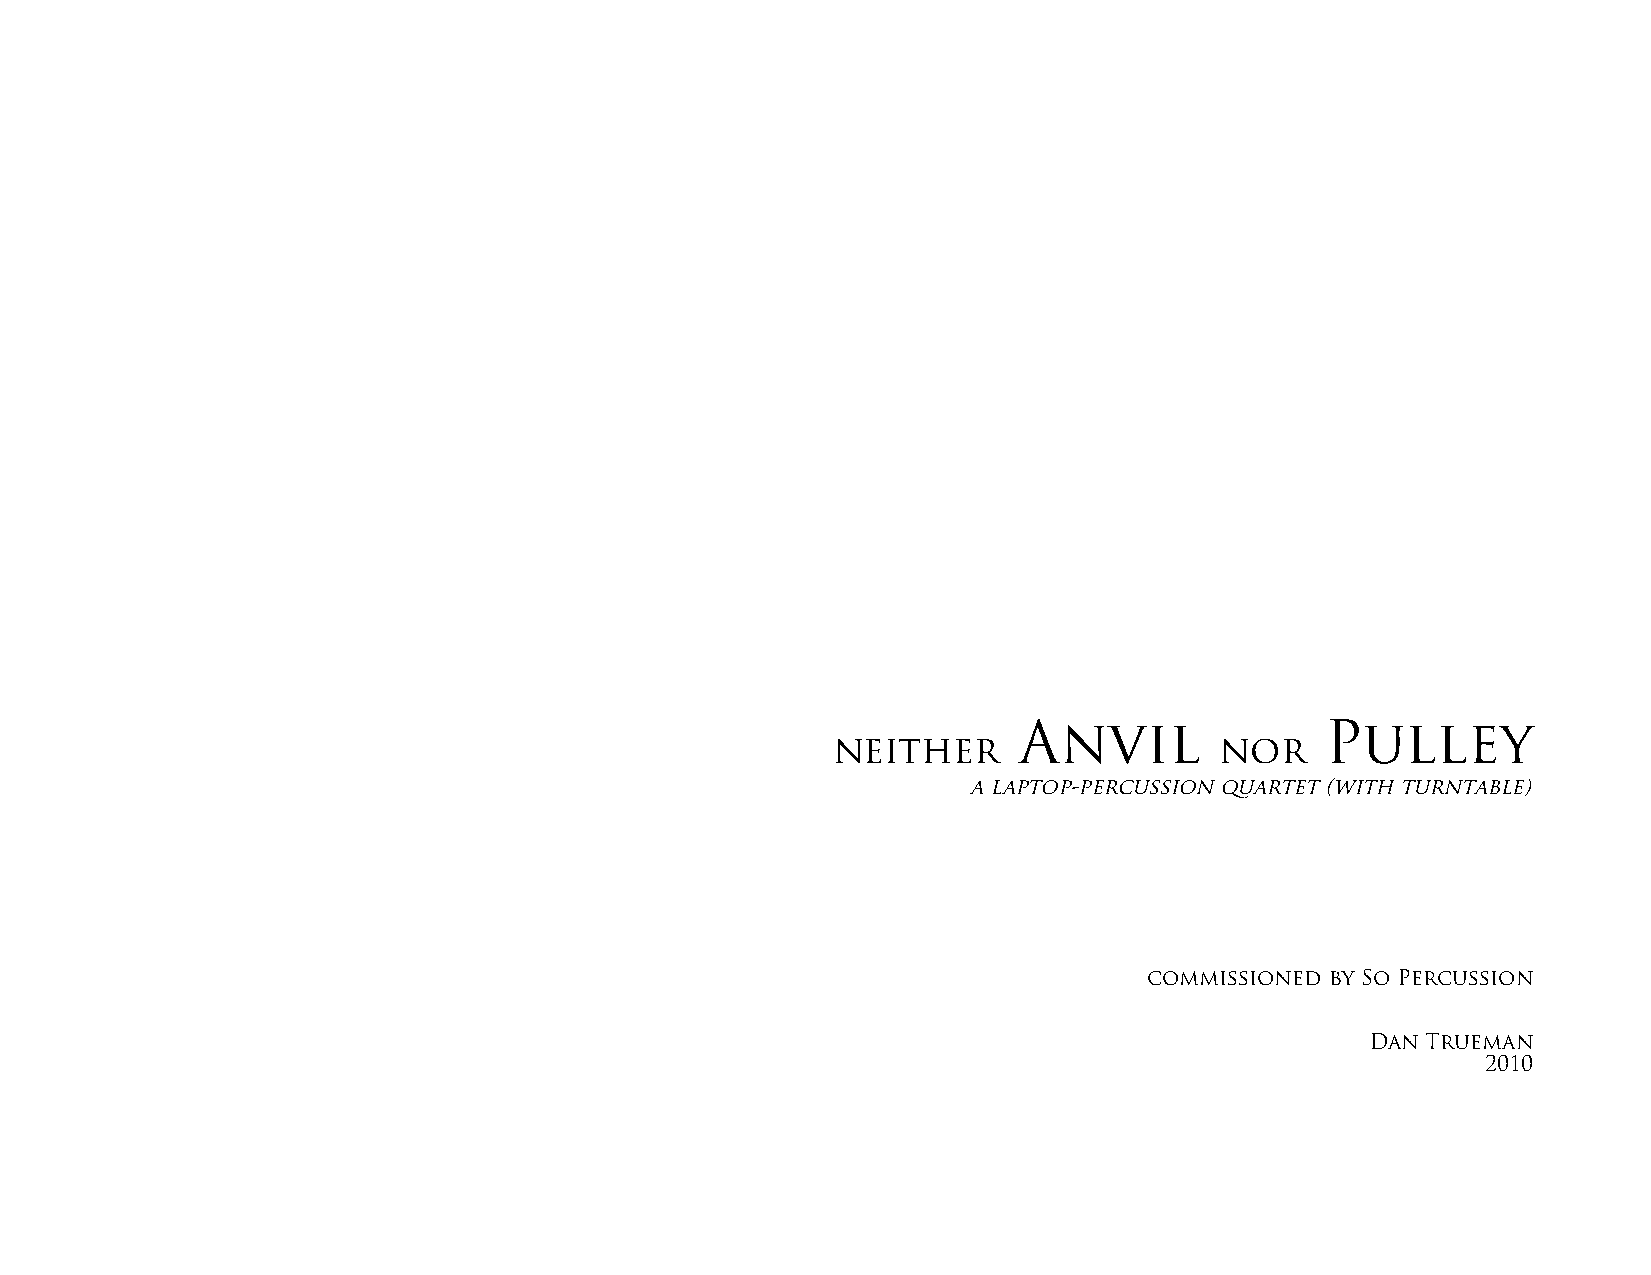
Anvil                Pulley
 neither                   nor
 a laptop-percussion quartet (with turntable)
 commissioned by So Percussion
 Dan Trueman
 2010